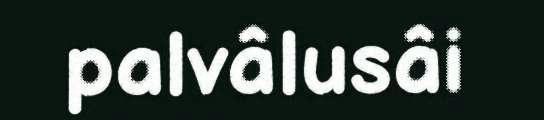
palvâlusâi